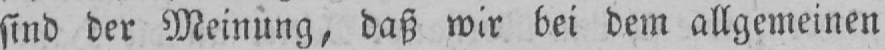
sind der Meinung, daß wir bei dem allgemeinen